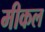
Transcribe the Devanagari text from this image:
मीकल